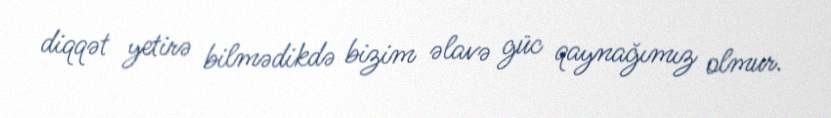
diqqət yetirə bilmədikdə bizim əlavə güc qaynağımız olmur.